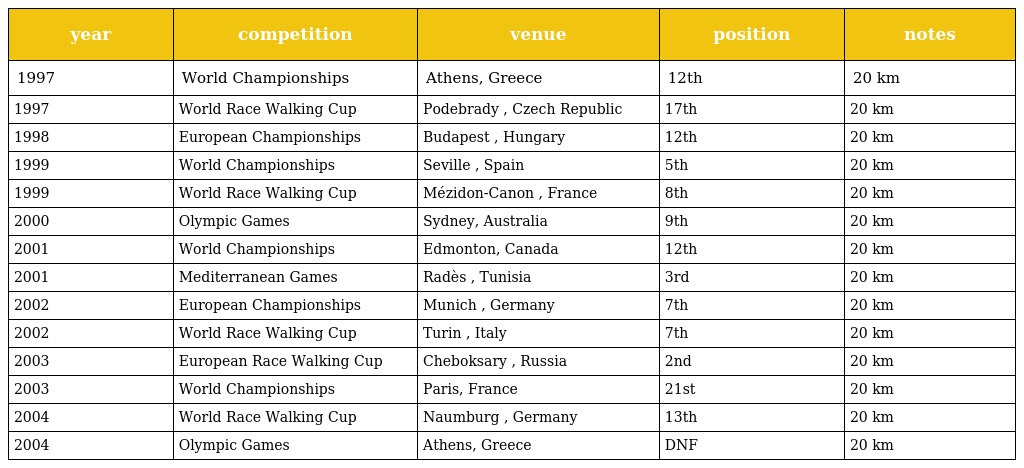
| year | competition | venue | position | notes |
 | --- | --- | --- | --- | --- |
 | 1997 | World Championships | Athens, Greece | 12th | 20 km |
 | 1997 | World Race Walking Cup | Podebrady , Czech Republic | 17th | 20 km |
 | 1998 | European Championships | Budapest , Hungary | 12th | 20 km |
 | 1999 | World Championships | Seville , Spain | 5th | 20 km |
 | 1999 | World Race Walking Cup | Mézidon-Canon , France | 8th | 20 km |
 | 2000 | Olympic Games | Sydney, Australia | 9th | 20 km |
 | 2001 | World Championships | Edmonton, Canada | 12th | 20 km |
 | 2001 | Mediterranean Games | Radès , Tunisia | 3rd | 20 km |
 | 2002 | European Championships | Munich , Germany | 7th | 20 km |
 | 2002 | World Race Walking Cup | Turin , Italy | 7th | 20 km |
 | 2003 | European Race Walking Cup | Cheboksary , Russia | 2nd | 20 km |
 | 2003 | World Championships | Paris, France | 21st | 20 km |
 | 2004 | World Race Walking Cup | Naumburg , Germany | 13th | 20 km |
 | 2004 | Olympic Games | Athens, Greece | DNF | 20 km |